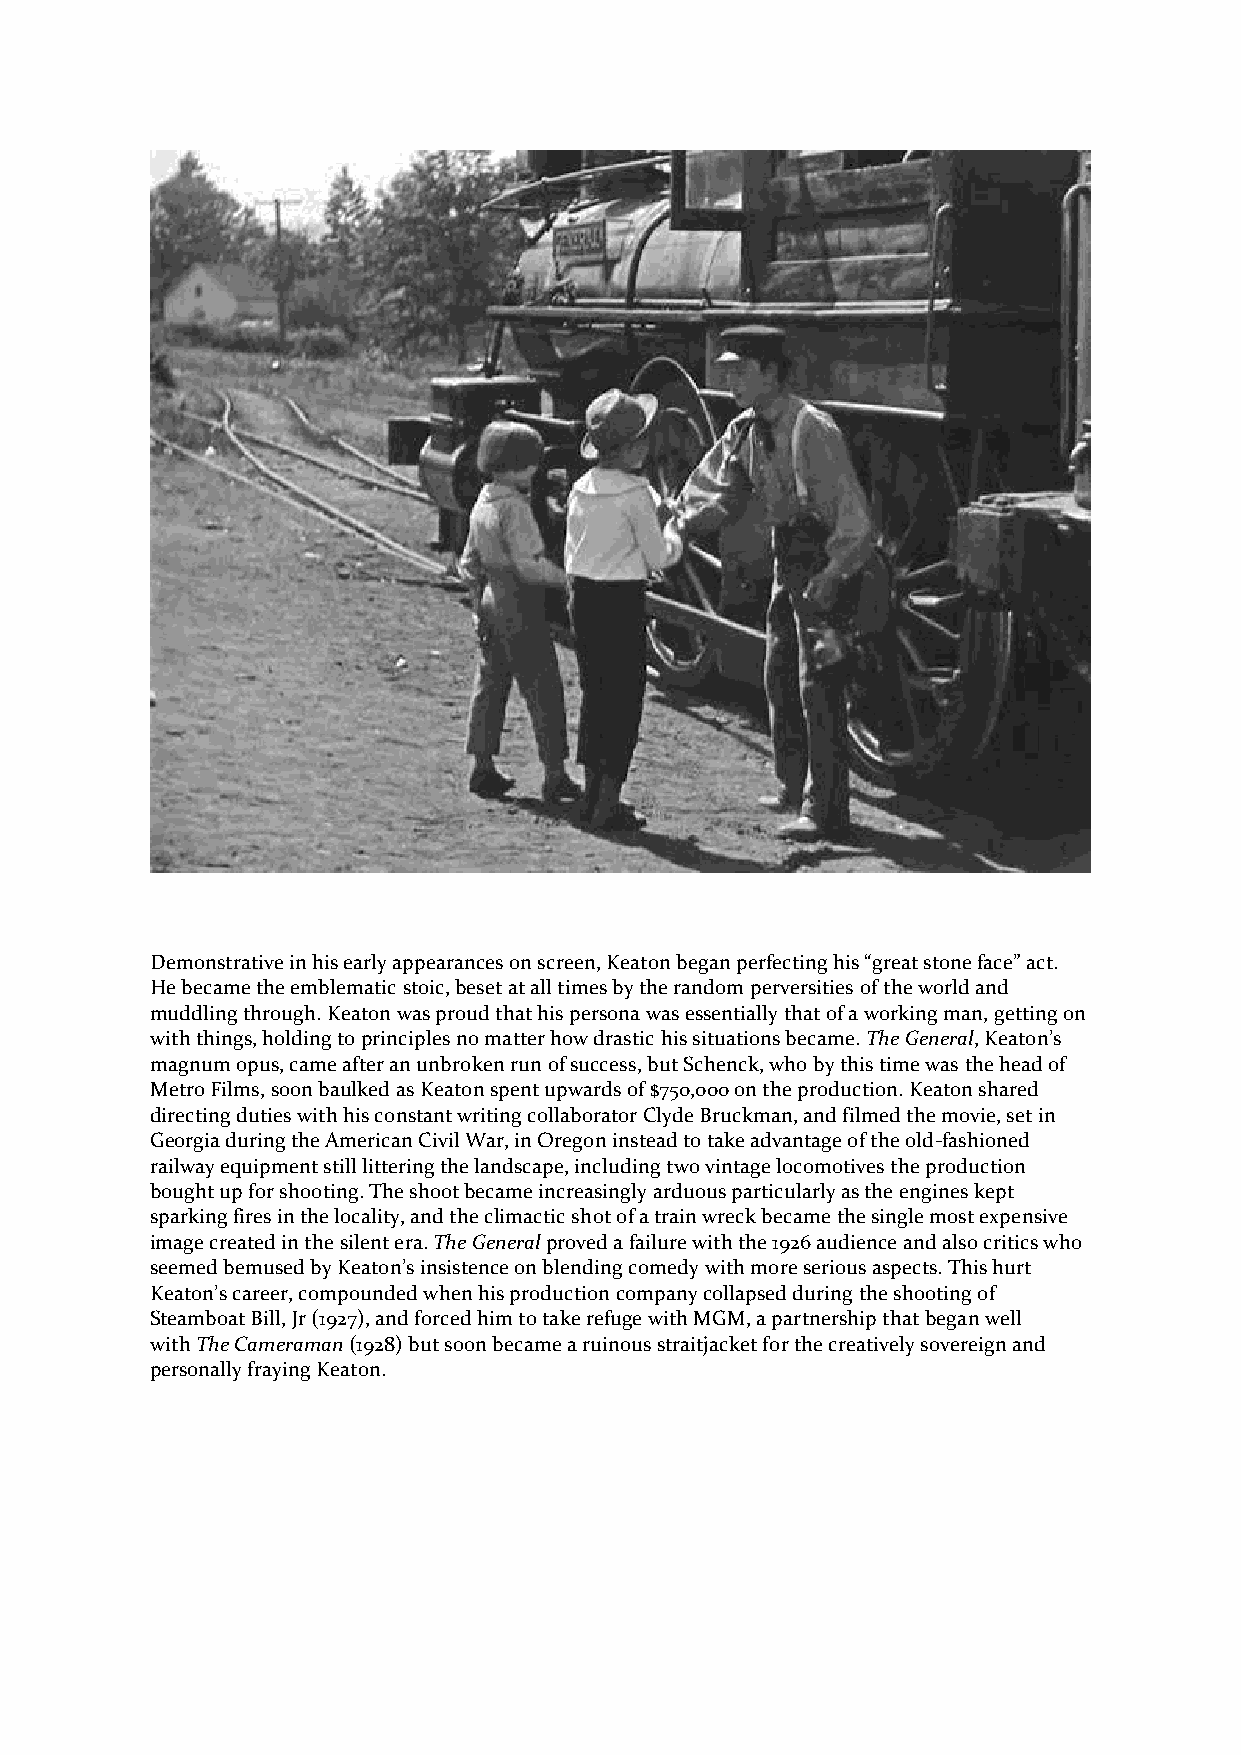
Demonstrative in his early appearances on screen, Keaton began perfecting his “great stone face” act.
 He became the emblematic stoic, beset at all times by the random perversities of the world and
 muddling through. Keaton was proud that his persona was essentially that of a working man, getting on
 with things, holding to principles no matter how drastic his situations became. The General, Keaton’s
 magnum opus, came after an unbroken run of success, but Schenck, who by this time was the head of
 Metro Films, soon baulked as Keaton spent upwards of $750,000 on the production. Keaton shared
 directing duties with his constant writing collaborator Clyde Bruckman, and filmed the movie, set in
 Georgia during the American Civil War, in Oregon instead to take advantage of the old-fashioned
 railway equipment still littering the landscape, including two vintage locomotives the production
 bought up for shooting. The shoot became increasingly arduous particularly as the engines kept
 sparking fires in the locality, and the climactic shot of a train wreck became the single most expensive
 image created in the silent era. The General proved a failure with the 1926 audience and also critics who
 seemed bemused by Keaton’s insistence on blending comedy with more serious aspects. This hurt
 Keaton’s career, compounded when his production company collapsed during the shooting of
 Steamboat Bill, Jr (1927), and forced him to take refuge with MGM, a partnership that began well
 with The Cameraman (1928) but soon became a ruinous straitjacket for the creatively sovereign and
 personally fraying Keaton.